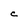
Character: C